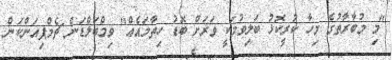
"މި މުބާރާތުގެ މިހާ ކުރީކޮޅު ބަލިވުމަކީ ވަރަށް ބޮޑު ހިތާމައެއް" ވިމްބަލްޑަން ޗެމްޕިއަންކަން